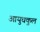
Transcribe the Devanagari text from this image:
आयुधकुल